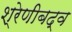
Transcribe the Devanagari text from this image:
श्रेणीबद्व